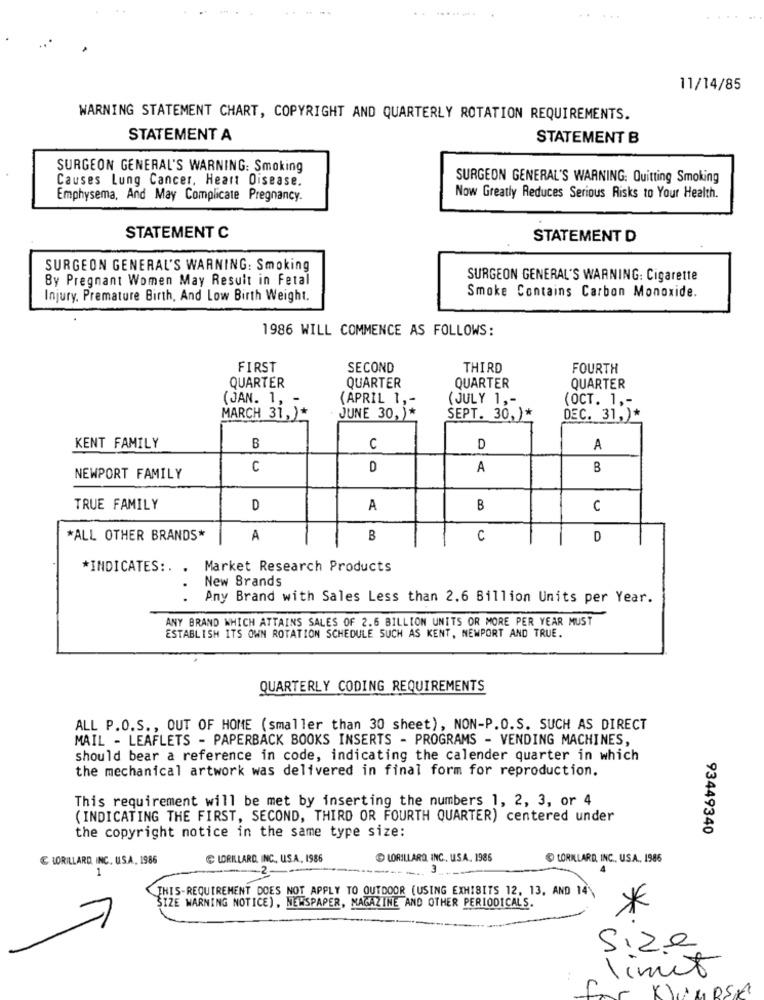
..
.........
...
11/14/85
WARNING STATEMENT CHART, COPYRIGHT AND QUARTERLY ROTATION REQUIREMENTS.
STATEMENT A
STATEMENT B
SURGEON GENERAL'S WARNING: Smoking
Causes Lung Cancer, Heart Disease.
SURGEON GENERAL'S WARNING: Quitting Smoking
Emphysema, And May Complicate Pregnancy.
Now Greatly Reduces Serious Risks to Your Health.
STATEMENT C
STATEMENT D
SURGEON GENERAL'S WARNING: Smoking
By Pregnant Women May Result in Fetal
SURGEON GENERAL'S WARNING: Cigarette
Injury, Premature Birth, And Low Birth Weight.
Smoke Contains Carbon Monoxide.
1986 WILL COMMENCE AS FOLLOWS:
FIRST
SECOND
THIRD
FOURTH
QUARTER
QUARTER
QUARTER
QUARTER
(JAN. 1, -
(APRIL 1 ,-
(JULY 1 ,-
(OCT. 1 ,-
MARCH 31,)*
JUNE 30, )*
SEPT. 30,)*
DEC. 31,)*
KENT FAMILY
B
C
D
A
C
D
A
B
NEWPORT FAMILY
TRUE FAMILY
D
A
B
c
*ALL OTHER BRANDS*
A
B
C
D
*INDICATES :. . Market Research Products
New Brands
Any Brand with Sales Less than 2.6 Billion Units per Year.
ANY BRAND WHICH ATTAINS SALES OF 2.6 BILLION UNITS OR MORE PER YEAR MUST
ESTABLISH ITS OWN ROTATION SCHEDULE SUCH AS KENT, NEWPORT AND TRUE.
QUARTERLY CODING REQUIREMENTS
ALL P.O.S ., OUT OF HOME (smaller than 30 sheet), NON-P.O.S. SUCH AS DIRECT
MAIL - LEAFLETS - PAPERBACK BOOKS INSERTS - PROGRAMS - VENDING MACHINES,
should bear a reference in code, indicating the calender quarter in which
the mechanical artwork was delivered in final form for reproduction.
This requirement will be met by inserting the numbers 1, 2, 3, or 4
( INDICATING THE FIRST, SECOND, THIRD OR FOURTH QUARTER) centered under
93449340
the copyright notice in the same type size:
& LORILLARD INC. U.S.A, 1986
LORILLARD, INC ., U.S.A, 1986
LORILLARD, INC ., USA. 1986
LORILLARD, INC ., USA ., 1986
1
3
THIS-REQUIREMENT DOES NOT APPLY TO OUTDOOR (USING EXHIBITS 12, 13, AND 14)
SIZE WARNING NOTICE), NEWSPAPER, MAGAZINE AND OTHER PERIODICALS.
*
Size
limet